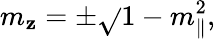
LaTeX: m_{\mathbf{z}}=\pm\sqrt{}{{1-m_{\parallel}^{2}}},